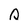
Character: Q